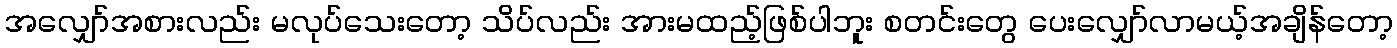
အလျှော်အစားလည်း မလုပ်သေးတော့ သိပ်လည်း အားမထည့်ဖြစ်ပါဘူး စတင်းတွေ ပေးလျှော်လာမယ့်အချိန်တော့